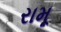
રામૂ